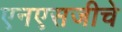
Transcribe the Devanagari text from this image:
एनएसजीचे